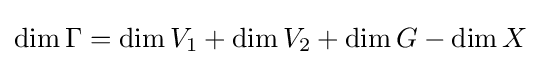
\dim \Gamma =\dim V_{1}+\dim V_{2}+\dim G-\dim X